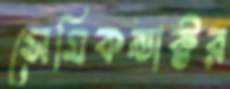
সেমিকন্ডাক্টর